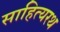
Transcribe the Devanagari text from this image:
साहित्यरथ